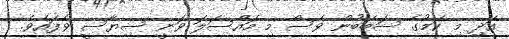
އަދި މި ކަމުގެ ސަބަބުން ވެސް މި މައްސަލަ ވަނީ ސިޔާސީ ވެފައެވެ.